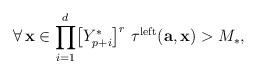
LaTeX: \begin{align*}\forall\,\mathbf{x}\in\displaystyle{\prod_{i=1}^{d}}\big{[}Y_{p+i}^{*}\big{]}^{r}\,\,\tau^{\mathrm{left}}(\mathbf{a},\mathbf{x})>M_{*},\end{align*}